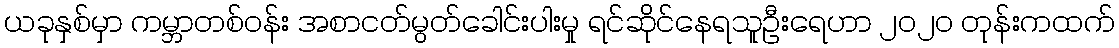
ယခုနှစ်မှာ ကမ္ဘာတစ်ဝန်း အစာငတ်မွတ်ခေါင်းပါးမှု ရင်ဆိုင်နေရသူဦးရေဟာ ၂၀၂၀ တုန်းကထက်